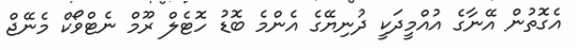
އެގޮތުން އޭނާގެ އުއްމީދަކީ ދުނިޔޭގެ އެންމެ ބޮޑު ހޮޓެލް ރޫމް ނެޓްވޯކް މެނޭޖް